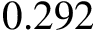
0 . 2 9 2